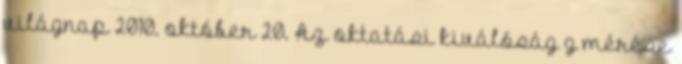
világnap 2010. október 20. Az oktatási kiválóság g mérése